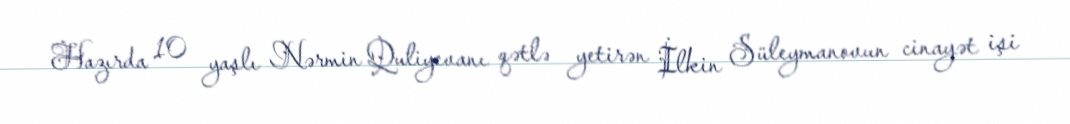
Hazırda 10 yaşlı Nərmin Quliyevanı qətlə yetirən İlkin Süleymanovun cinayət işi